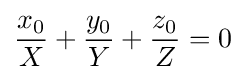
{\frac {x_{0}}{X}}+{\frac {y_{0}}{Y}}+{\frac {z_{0}}{Z}}=0